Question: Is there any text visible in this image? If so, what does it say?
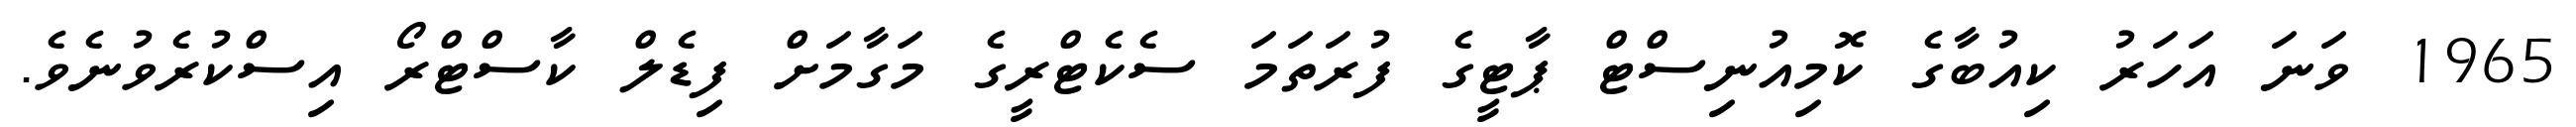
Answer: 1965 ވަނަ އަހަރު ކިއުބާގެ ކޮމިއުނިސްޓް ޕާޓީގެ ފުރަތަމަ ސެކެޓްރީގެ މަގާމަށް ފިޑެލް ކާސްޓްރޯ އިސްކުރެވުނެވެ.